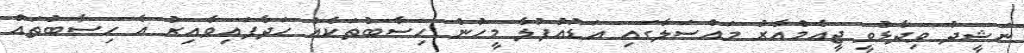
ނަޝީދު ވިދާޅުވީ ޖީއެމްއާރު މައްސަލާގައި އަޑުއުފުލާ މީހުން ހިސާބުތަކެއް ހަދާފައިވާއިރު އެ ހިސާބުތައް